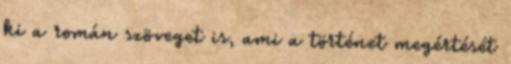
ki a román szöveget is, ami a történet megértését